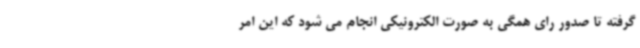
گرفته تا صدور رای همگی به صورت الکترونیکی انجام می شود که این امر